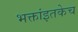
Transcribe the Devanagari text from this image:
भक्तांइतकेच